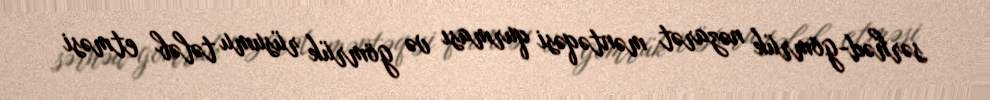
sərhəd-gömrük nəzarət məntəqəsi qurması və gömrük rüsumu tələb etməsi